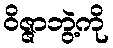
ဝိဇ္ဇာဘွဲ့ကို